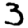
Digit: 3